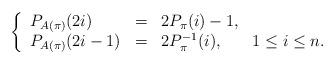
LaTeX: \begin{align*} \left\{ \begin{array}{lcll}P_{A ( \pi )} (2i) & = & 2 P_{\pi} (i) -1, & \\P_{A ( \pi )} (2i-1) & = & 2 P_{\pi}^{-1} (i), & 1 \leq i \leq n.\end{array} \right.\end{align*}